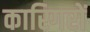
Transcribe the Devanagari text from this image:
कारिगरों